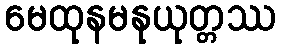
မေထုနမနုယုတ္တဿ